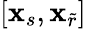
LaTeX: [\mathbf{x}_{s},\mathbf{x}_{\widetilde{r}}]